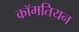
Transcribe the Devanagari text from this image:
कॉमतियन